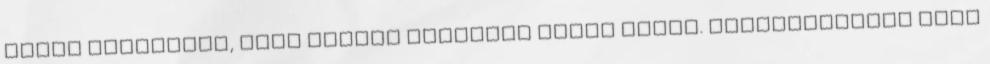
annak érdekében, hogy szembe tudjatok nézni velük. természetesen mind